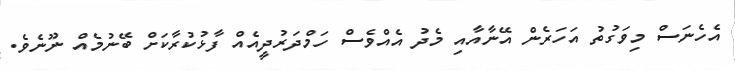
އެހެނަސް މިވަގުތު އަހަރެން އޭނާއާއި މެދު އެއްވެސް ހަމްދަރުދީއެއް ފާޅުކުރާކަށް ބޭނުމެއް ނޫނެވެ.